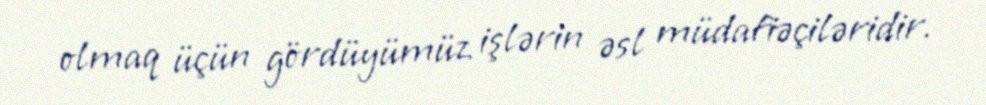
olmaq üçün gördüyümüz işlərin əsl müdafiəçiləridir.